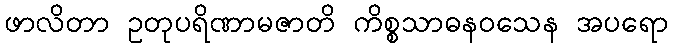
ဖာလိတာ ဥတုပရိဏာမဇာတိ ကိစ္စသာဓနဝသေန အပရော